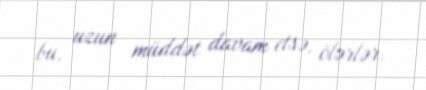
bu, uzun müddət davam etsə, ölərlər.